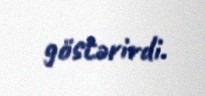
göstərirdi.